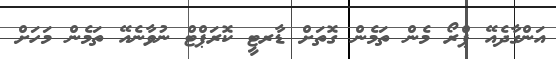
އަންގާދެއޭ ޕްރޯ މެން ތަމެން ގޮތަށް ޑާރޓީ ކޮރަޕްޓް ނުވާނެއޭ ތަމެން މަހަށް